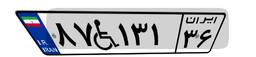
۸۷W۱۳۱۳۶